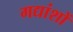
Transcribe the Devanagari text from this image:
गद्यांशों